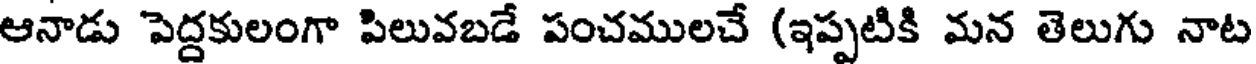
ఆనాడు పెద్దకులంగా పిలువబడే పంచములచే (ఇప్పటికి మన తెలుగు నాట